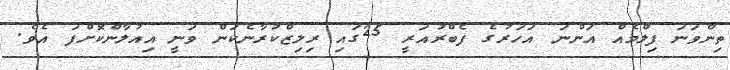
ތިންވަނަ ފިލްމެއް އަންނަ އަހަރުގެ ފެބްރުއަރީ 25ގައި ރިލިޒްކުރާނެކަން ވަނީ އިއުލާންކޮށްފަ އެވެ.